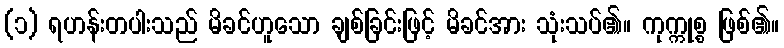
(၁) ရဟန်းတပါးသည် မိခင်ဟူသော ချစ်ခြင်းဖြင့် မိခင်အား သုံးသပ်၏။ ကုက္ကုစ္စ ဖြစ်၏။